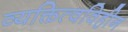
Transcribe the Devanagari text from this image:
व्यक्तित्वविहीन